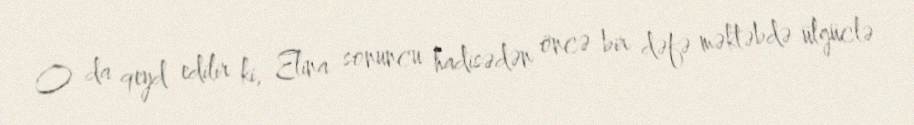
O da qeyd edilir ki, Elina sonuncu hadisədən öncə bir dəfə məktəbdə ülgüclə